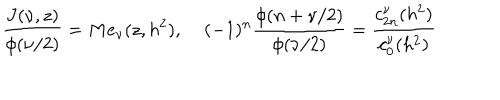
LaTeX: \frac { J ( \nu , z ) } { \phi ( \nu / 2 ) } = M e _ { \nu } ( z , h ^ { 2 } ) , \; ( - 1 ) ^ { n } \frac { \phi ( n + \nu / 2 ) } { \phi ( \nu / 2 ) } = \frac { c _ { 2 n } ^ { \nu } ( h ^ { 2 } ) } { c _ { 0 } ^ { \nu } ( h ^ { 2 } ) }